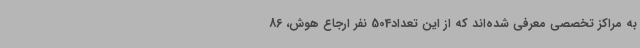
به مراکز تخصصی معرفی شده‌اند که از این تعداد504 نفر ارجاع هوش، 86